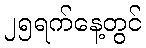
၂၅ရက်နေ့တွင်